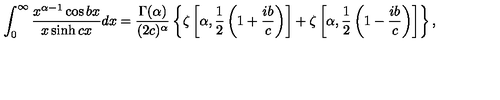
\int _ { 0 } ^ { \infty } \frac { x ^ { \alpha - 1 } \cos { b x } } { x \sinh { c x } } d x = \frac { \Gamma ( \alpha ) } { ( 2 c ) ^ { \alpha } } \left\{ \zeta \left[ \alpha , \frac { 1 } { 2 } \left( 1 + \frac { i b } { c } \right) \right] + \zeta \left[ \alpha , \frac { 1 } { 2 } \left( 1 - \frac { i b } { c } \right) \right] \right\} ,